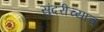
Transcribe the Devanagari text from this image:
सुंदरीच्याच